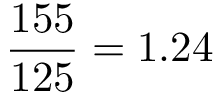
\frac { 1 5 5 } { 1 2 5 } = 1 . 2 4